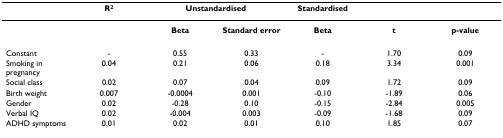
<table><thead><tr><td></td><td><b>R<sup>2</sup></b></td><td colspan="2"><b>Unstandardised</b></td><td><b>Standardised</b></td><td></td><td></td></tr></thead><tbody><tr><td></td><td></td><td><b>Beta</b></td><td><b>Standard error</b></td><td><b>Beta</b></td><td><b>t</b></td><td><b>p-value</b></td></tr><tr><td>Constant</td><td>-</td><td>0.55</td><td>0.33</td><td>-</td><td>1.70</td><td>0.09</td></tr><tr><td>Smoking in pregnancy</td><td>0.04</td><td>0.21</td><td>0.06</td><td>0.18</td><td>3.34</td><td>0.001</td></tr><tr><td>Social class</td><td>0.02</td><td>0.07</td><td>0.04</td><td>0.09</td><td>1.72</td><td>0.09</td></tr><tr><td>Birth weight</td><td>0.007</td><td>-0.0004</td><td>0.001</td><td>-0.10</td><td>-1.89</td><td>0.06</td></tr><tr><td>Gender</td><td>0.02</td><td>-0.28</td><td>0.10</td><td>-0.15</td><td>-2.84</td><td>0.005</td></tr><tr><td>Verbal IQ</td><td>0.02</td><td>-0.004</td><td>0.003</td><td>-0.09</td><td>-1.68</td><td>0.09</td></tr><tr><td>ADHD symptoms</td><td>0.01</td><td>0.02</td><td>0.01</td><td>0.10</td><td>1.85</td><td>0.07</td></tr></tbody></table>